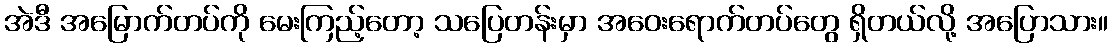
အဲဒီ အမြောက်တပ်ကို မေးကြည့်တော့ သပြေတန်းမှာ အဝေးရောက်တပ်တွေ ရှိတယ်လို့ အပြောသား။